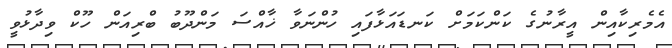
އެމެރިކާއިން އީރާނުގެ ކަންކަމަށް ކަނޑައަޅާފައި ހުންނަވާ ޚާއްސަ މަންދޫބު ބްރިއަން ހޫކް ވިދާޅުވީ